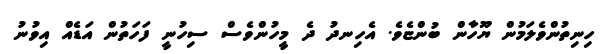
ހިނިތުންވެލަމުން ޔޫހާން ބުންޏެވެ. އެހިނދު ދެ މީހުންވެސް ސިހުނީ ފަހަތުން އަޑެއް އިވުނު